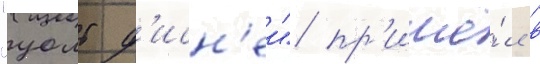
"уолт д'исн'еи" пр'ишё́л в